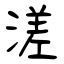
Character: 溠